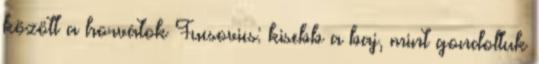
között a horvátok Fucsovics: kisebb a baj, mint gondoltuk